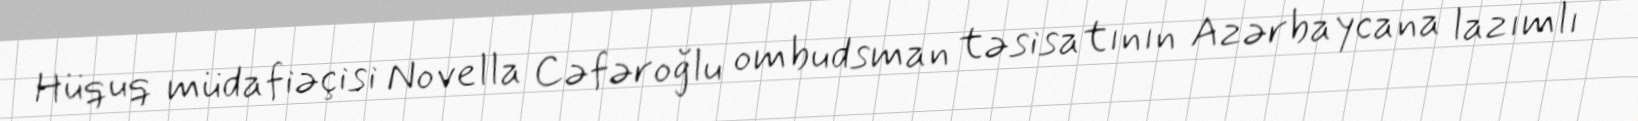
Hüquq müdafiəçisi Novella Cəfəroğlu ombudsman təsisatının Azərbaycana lazımlı